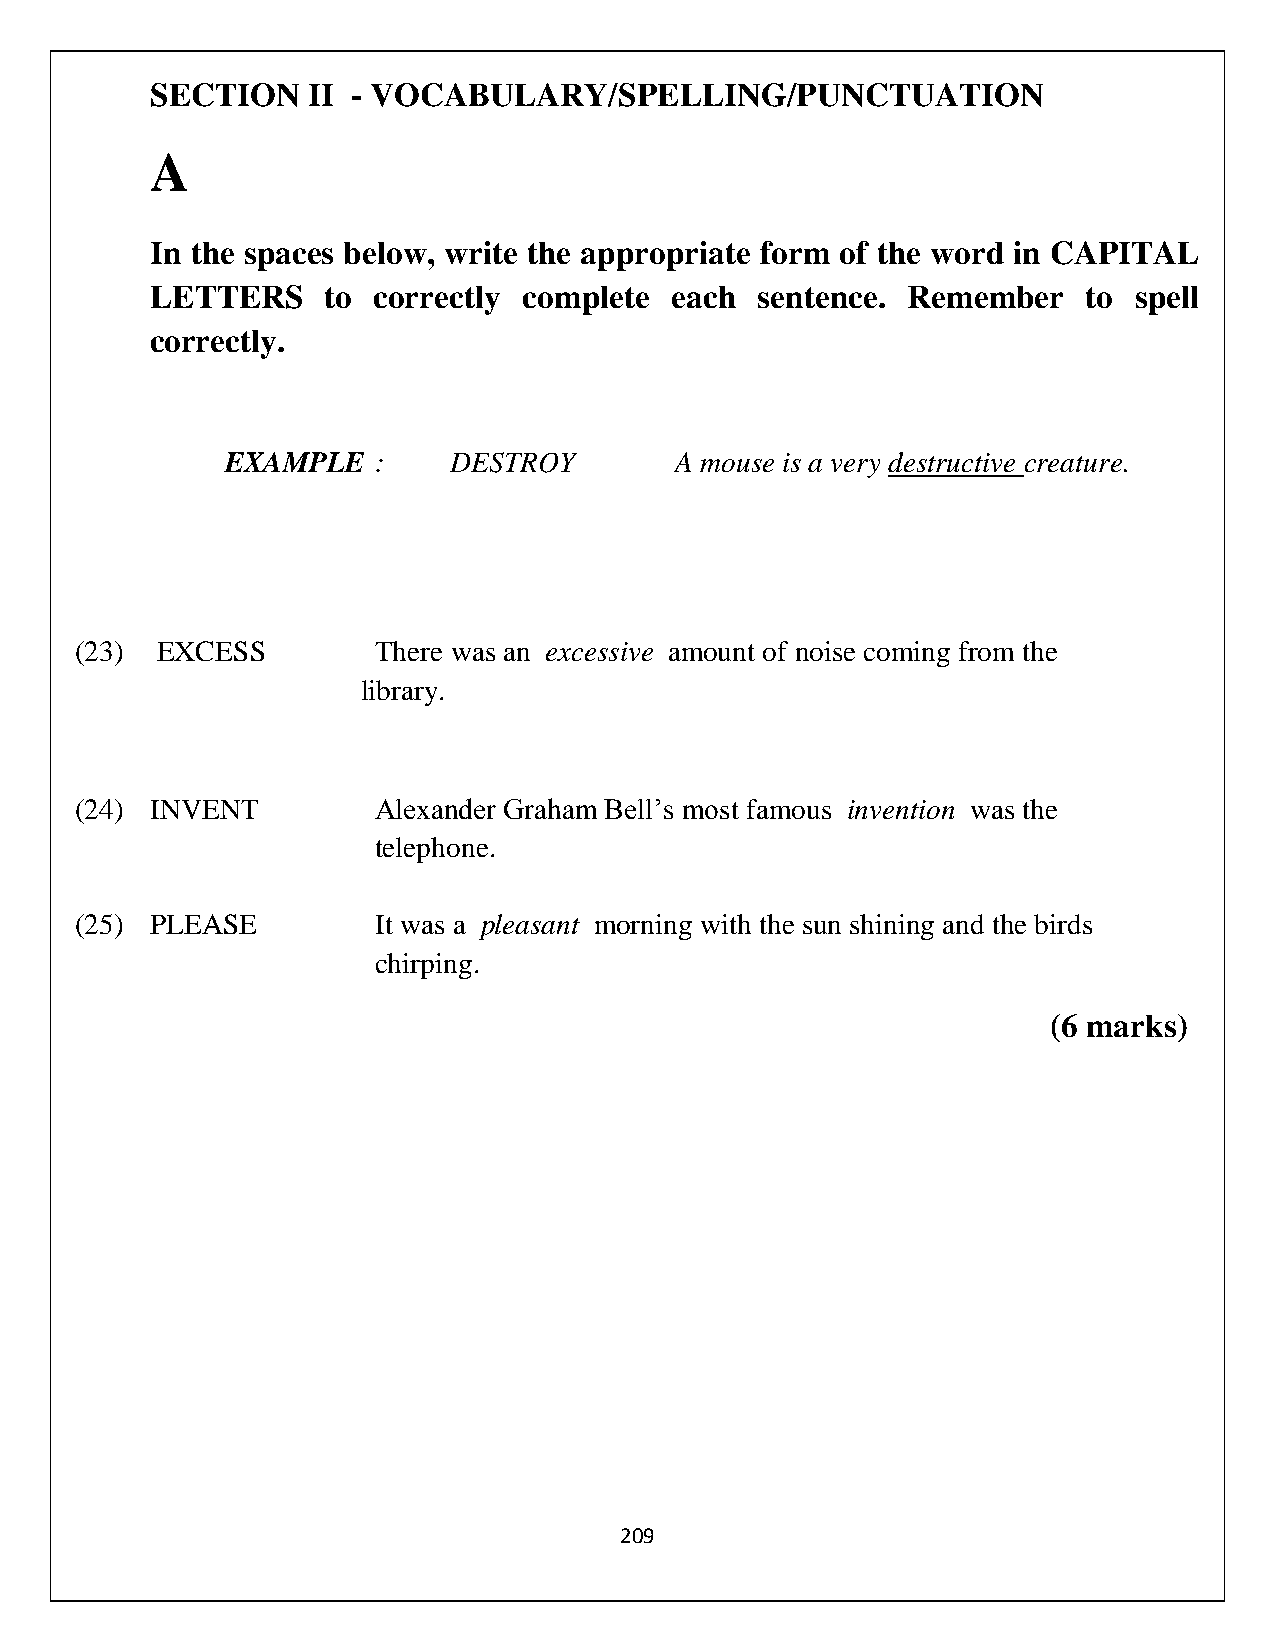
SECTION   II - VOCABULARY/SPELLING/PUNCTUATION
 A
 In the spaces below, write the appropriate form of the word in CAPITAL
 LETTERS     to correctly complete each  sentence. Remember    to spell
 correctly.
 EXAMPLE   :    DESTROY        A mouse is a very destructive creature.
 (23) EXCESS         There was an excessive amount of noise coming from the
 library.
 (24) INVENT         Alexander Graham Bell’s most famous invention was the
 telephone.
 (25) PLEASE         It was a pleasant morning with the sun shining and the birds
 chirping.
 (6 marks)
 209